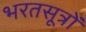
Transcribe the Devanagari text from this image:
भरतसूत्रों